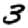
Digit: 3